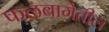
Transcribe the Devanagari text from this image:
फळबागेतील